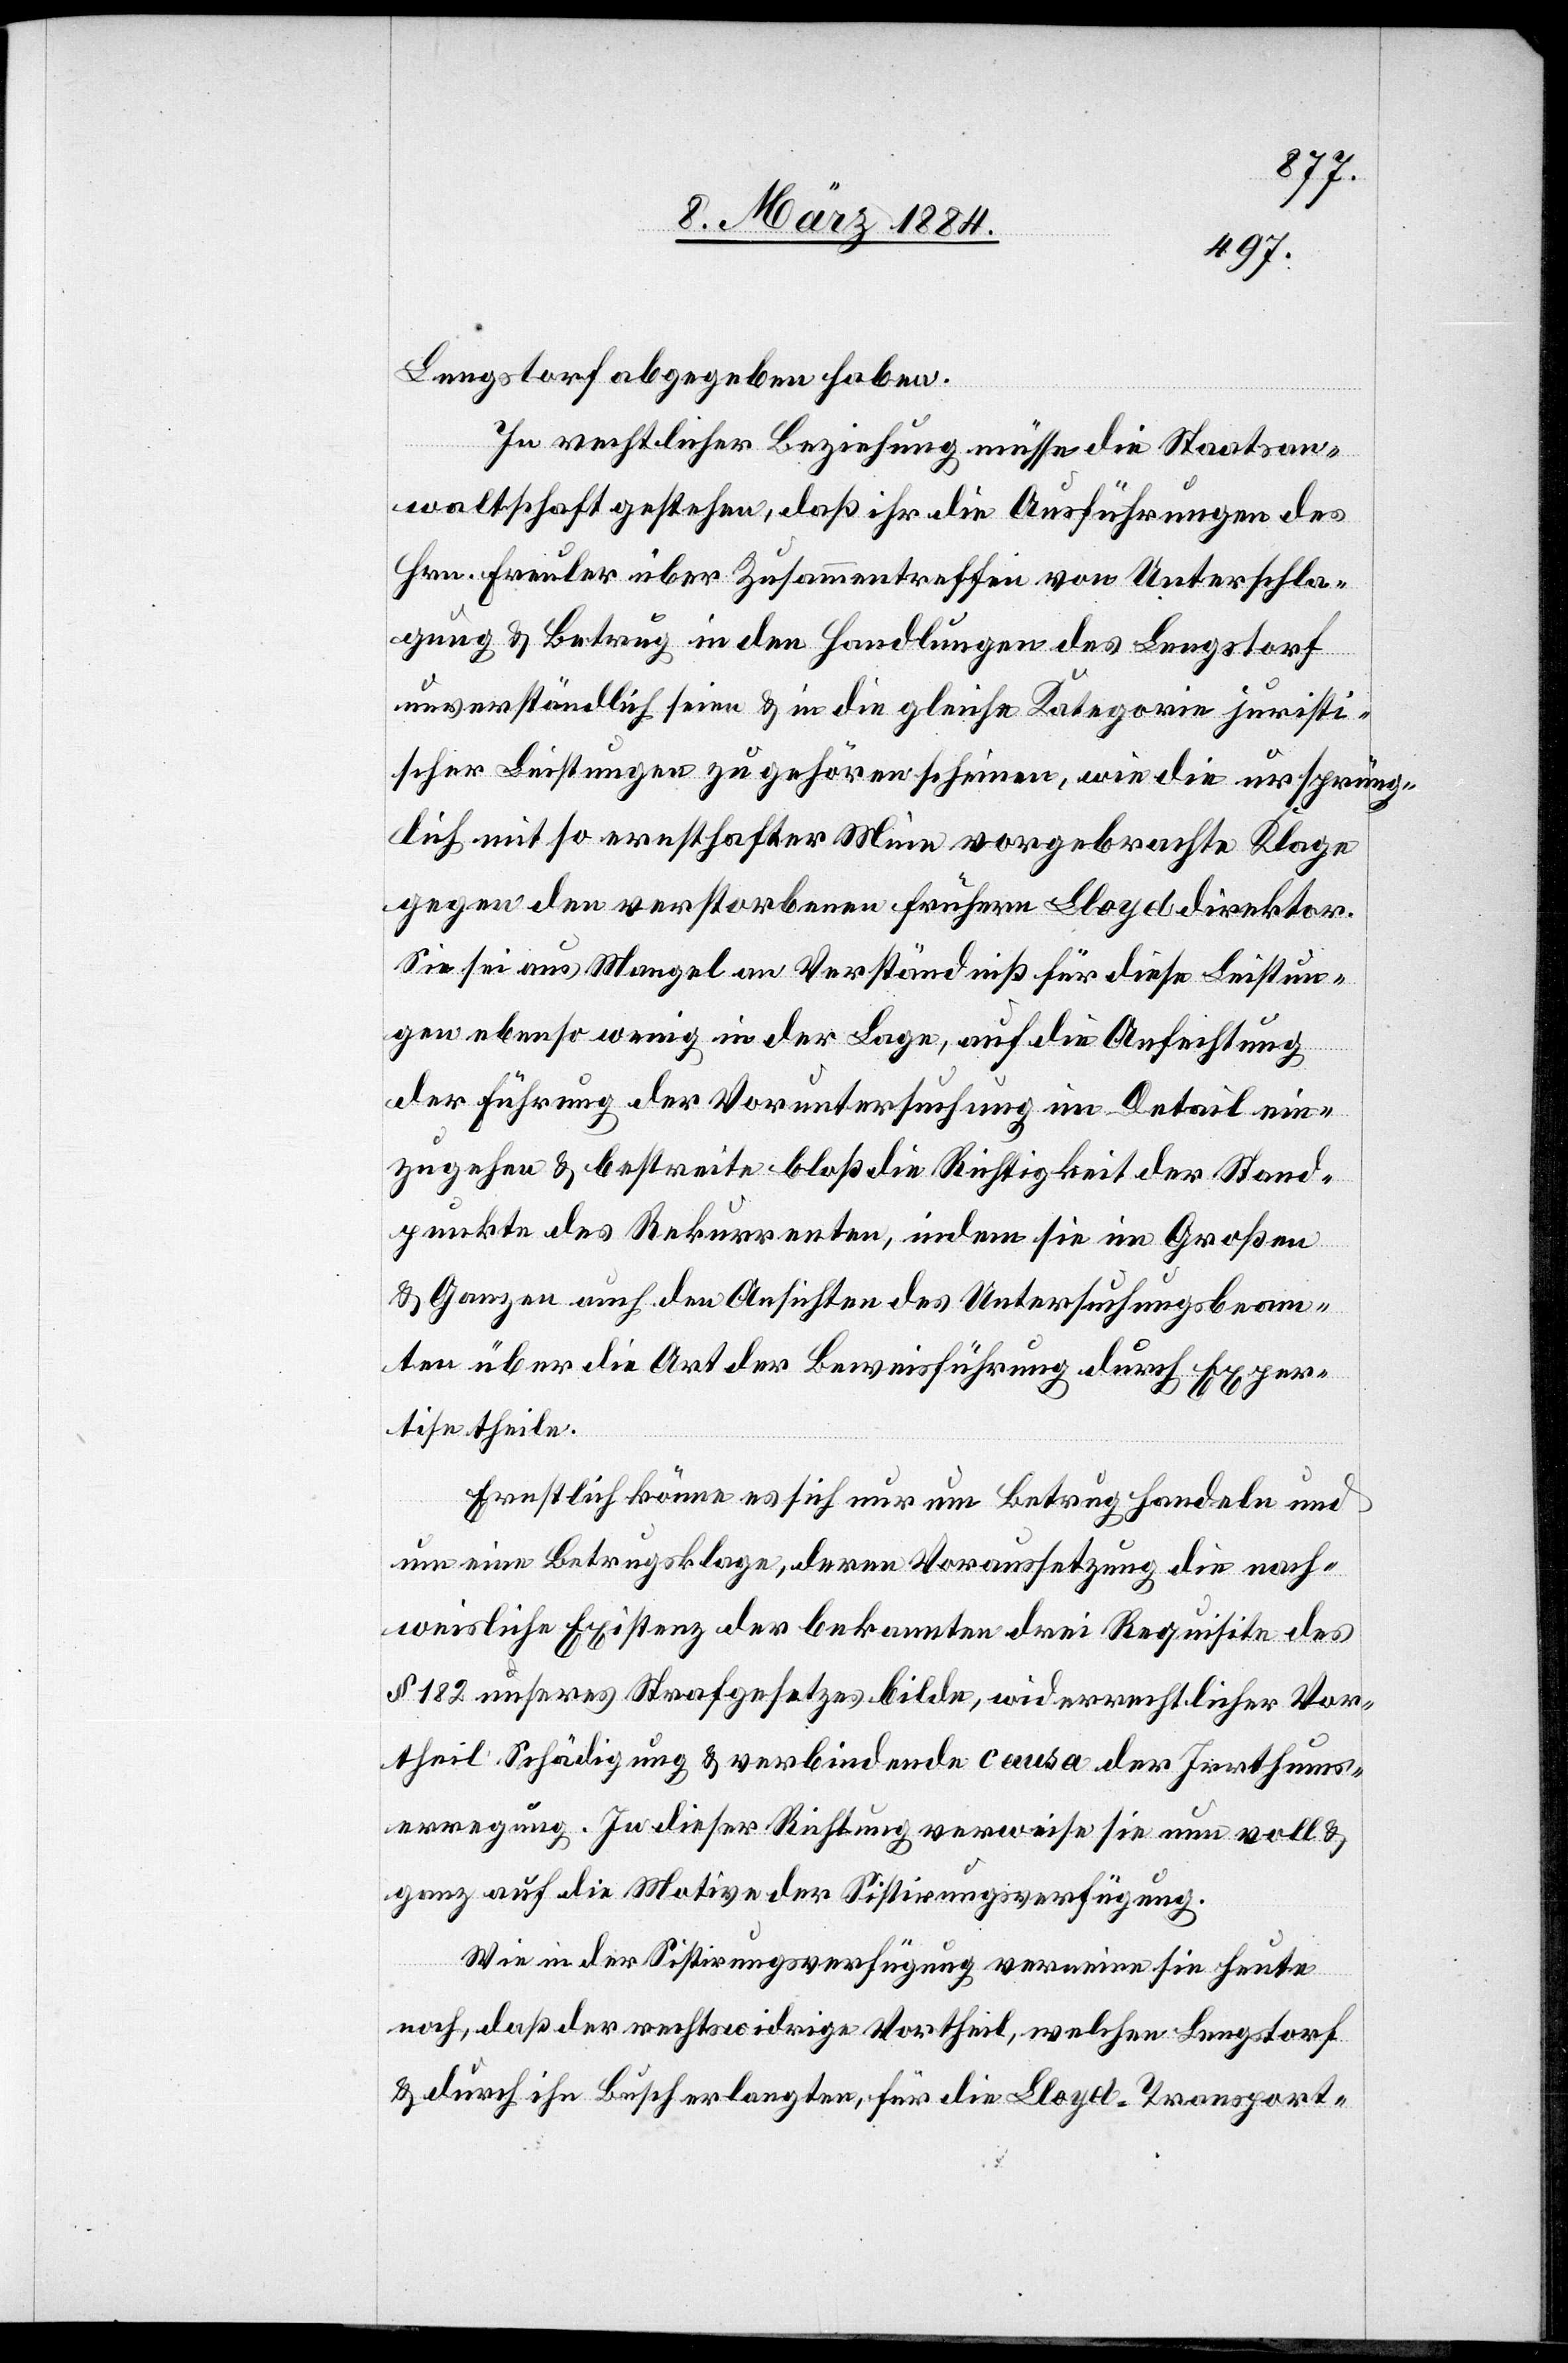
Lengstorf abgegeben haben.
In rechtlicher Beziehung müsse die Staatsan¬
waltschaft gestehen, daß ihr die Ausführungen des
Hrn. Freuler über Zusammentreffen von Unterschla¬
gung & Betrug in den Handlungen des Lengstorf
unverständlich seien & in die gleiche Kategorie juristi¬
scher Leistungen zu gehören scheinen, wie die ursprüng¬
lich mit so ernsthafter Miene vorgebrachte Klage
gegen den verstorbenen frühern Lloyddirektor.
Sie sei aus Mangel an Verständniß für diese Leistun¬
gen ebenso wenig in der Lage, auf die Anfechtung
der Führung der Voruntersuchung im Detail ein¬
zugehen & bestreite bloß die Richtigkeit der Stand¬
punkte des Rekurrenten, indem sie im Großen
& Ganzen auch die Ansichten des Untersuchungsbeam¬
ten über die Art der Beweisführung durch Exper¬
tise theile.
Ernstlich könne es sich nur um Betrug handeln und
um eine Betrugsklage, deren Voraussetzung die nach¬
weisliche Existenz der bekannten drei Requisite des
§ 182 unseres Strafgesetzes bilde, widerrechtlicher Vor¬
theil, Schädigung & verbindende causa der Irrthums¬
erregung. In dieser Richtung verweise sie nun voll &
ganz auf die Motive der Sistierungsverfügung.
Wie in der Sistierungsverfügung verneine sie heute
noch, daß der rechtswidrige Vortheil, welchen Lengstorf
& durch ihn Busch erlangten, für die Lloyd-Transport-